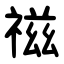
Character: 禌